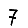
Digit: 7